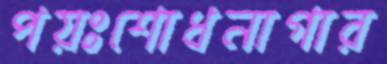
পয়ঃশোধনাগার